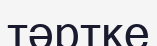
тәртке